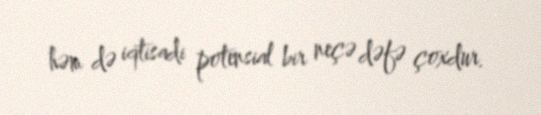
həm də iqtisadi potensial bir neçə dəfə çoxdur.